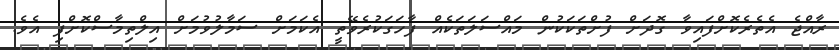
ރާއްޖެ އެތެރެކޮށްފައިވާ ގޮދަށް ފުށްތަކަކުން މައްސަލަތަކެއް ފާހަގަކުރެވޭތީ އެކަމަށް ސަމާލުވުމަށް އިލްތިމާސްކޮށްފި އެވެ.